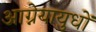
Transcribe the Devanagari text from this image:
आग्नेयायुधों